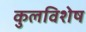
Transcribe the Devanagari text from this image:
कुलविशेष